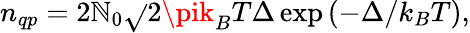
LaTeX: n_{qp}=2\mathbb{N}_{0}\sqrt{}{{2\pik_{B}T\Delta}}\exp\left(-\Delta/k_{B}T\right),